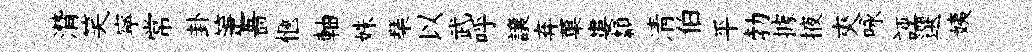
潸笑寜常卦箑薔愜軸姝琹以武呼譲弃菓婁纇清伯平勃據掖夾咏誣選姨